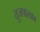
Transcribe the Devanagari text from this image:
तुजपासाव